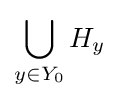
\bigcup _{y\in Y_{0}}H_{y}